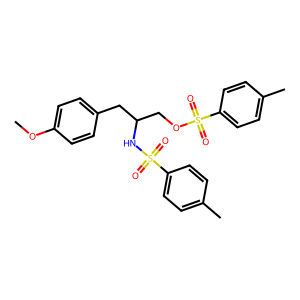
SMILES: COc1ccc(CC(COS(=O)(=O)c2ccc(C)cc2)NS(=O)(=O)c2ccc(C)cc2)cc1
Inhibits HIV replication: No